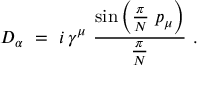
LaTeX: D _ { \alpha } \ = \ i \, \gamma ^ { \mu } \ \frac { \mathrm { s i n } \left( \frac \pi N \; p _ { \mu } \right) } { \frac \pi N } \ .